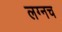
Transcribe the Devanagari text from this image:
लग्नच